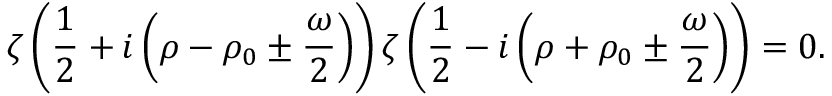
\zeta \left( \frac { 1 } { 2 } + i \left( \rho - \rho _ { 0 } \pm \frac { \omega } { 2 } \right) \right) \zeta \left( \frac { 1 } { 2 } - i \left( \rho + \rho _ { 0 } \pm \frac { \omega } { 2 } \right) \right) = 0 .